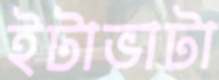
ইটাভাটা